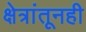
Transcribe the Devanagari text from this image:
क्षेत्रांतूनही